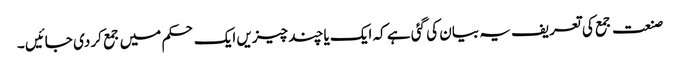
صنعت جمع کی تعریف یہ بیان کی گئی ہے کہ ایک یا چند چیزیں ایک حکم میں جمع کر دی جائیں ۔